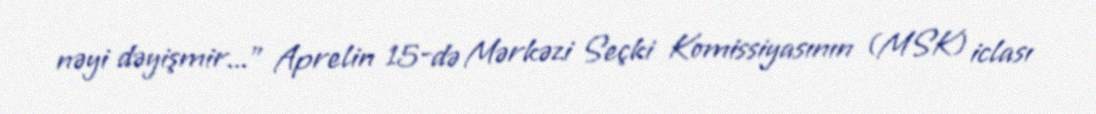
nəyi dəyişmir...” Aprelin 15-də Mərkəzi Seçki Komissiyasının (MSK) iclası